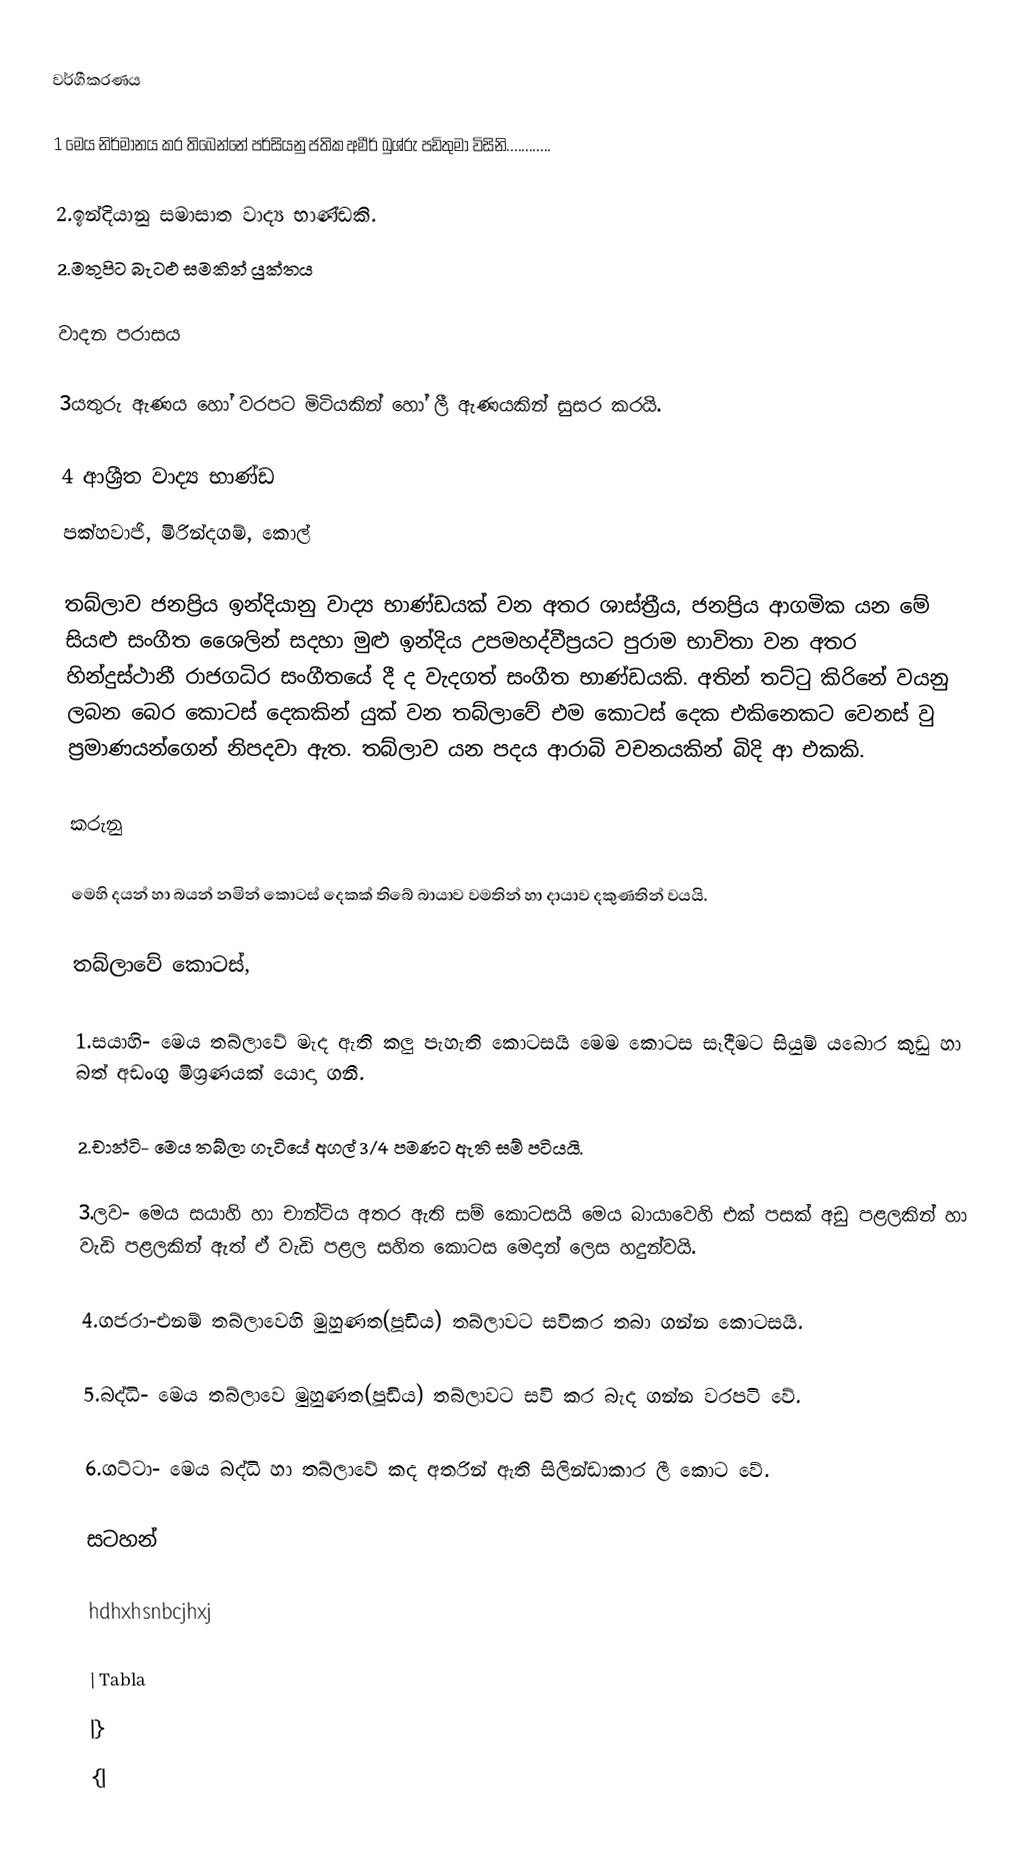
වර්ගීකරණය

1 මෙය නිර්මානය කර තිබෙන්නේ පර්සියනු ජතික අමීර් ඛුශ්රු පඩිතුමා විසිනි............

2.ඉන්දියානු සමාසාත වාද්‍ය භාණ්ඩකි.
2.මතුපිට බැටළු සමකින් යුක්තය

වාදන පරාසය

3යතුරු ඇණය හෝ වරපට මිටියකින් හෝ ලී ඇණයකින් සුසර කරයි.

4 ආශ්‍රීත වාද්‍ය භාණ්ඩ
පක්හවාජි, මිරින්දගම්, කොල්

තබ්ලාව ජනප්‍රිය ඉන්දියානු වාද්‍ය භාණ්ඩයක් වන අතර ශාස්ත්‍රීය, ජනප්‍රිය ආගමික යන මේ සියළු සංගීත ශෛලින් සදහා මුළු ඉන්දිය උපමහද්වීප්‍රයට පුරාම භාවිතා වන අතර හින්දුස්ථානී රාජගධිර සංගීතයේ දී ද වැදගත් සංගීත භාණ්ඩයකි. අතින් තට්ටු කිරිනේ වයනු ලබන බෙර කොටස් දෙකකින් යුක් වන තබ්ලාවේ එම කොටස් දෙක එකිනෙකට වෙනස් වු ප්‍රමාණයන්ගෙන් නිපදවා ඇත. තබ්ලාව යන පදය ආරාබි වචනයකින් බිදි ආ එකකි.

කරුනු

මෙහි දයන් හා බයන් නමින් කොටස් දෙකක් තිබේ බායාව වමතින් හා දායාව දකුණතින් වයයි.

තබ්ලාවේ කොටස්,

1.සයාහි- මෙය තබ්ලාවේ මැද ඇති කලු පැහැති කොටසයි මෙම කොටස සෑදීමට සියුම් යබොර කුඩු හා බත් අඩංගු මිශ්‍රණයක් යොදා ගනී.

2.චාන්ටි- මෙය තබ්ලා ගැටියේ අගල් 3/4 පමණට ඇති සම් පටියයි.

3.ලව- මෙය සයාහි හා චාන්ටිය අතර ඇති සම් කොටසයි මෙය බායාවෙහි එක් පසක් අඩු පළලකින් හා වැඩි පළලකින් ඇත් ඒ වැඩි පළල සහිත කොටස මෙදාන් ලෙස හදුන්වයි.

4.ගජරා-එනම් තබ්ලාවෙහි මුහුණත(පූඩිය) තබ්ලාවට සවිකර තබා ගන්න කොටසයි.

5.බද්ධි- මෙය තබ්ලාවෙ මුහුණත(පූඩිය) තබ්ලාවට සවි කර බැද ගන්න වරපටි වේ.

6.ගට්ටා- මෙය බද්ධි හා තබ්ලාවේ කද අතරින් ඇති සිලින්ඩාකාර ලී කොට වේ.

සටහන්

hdhxhsnbcjhxj

| Tabla
|}
{|